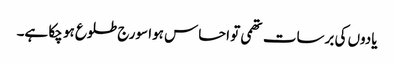
یادوں کی برسات تھمی تو احساس ہوا سورج طلوع ہو چکا ہے۔